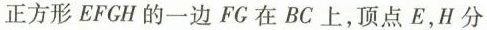
正方形 EFGH 的一边 FG 在 BC 上，顶点E，H分